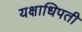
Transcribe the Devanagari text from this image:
यक्षाधिपती